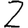
Digit: 2